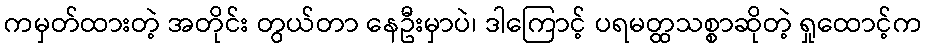
ကမှတ်ထားတဲ့ အတိုင်း တွယ်တာ နေဦးမှာပဲ၊ ဒါကြောင့် ပရမတ္ထသစ္စာဆိုတဲ့ ရှုထောင့်က